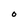
Character: 0